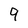
Character: 9